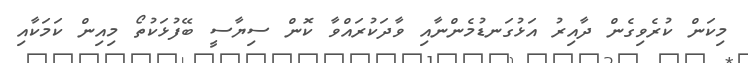
މިކަން ކުރެވިގެން ދާއިރު އަޅުގަނޑުމެންނާއި ވާދަކުރައްވާ ކޮން ސިޔާސީ ބޭފުޅަކުތޯ މިއިން ކަމަކާއި